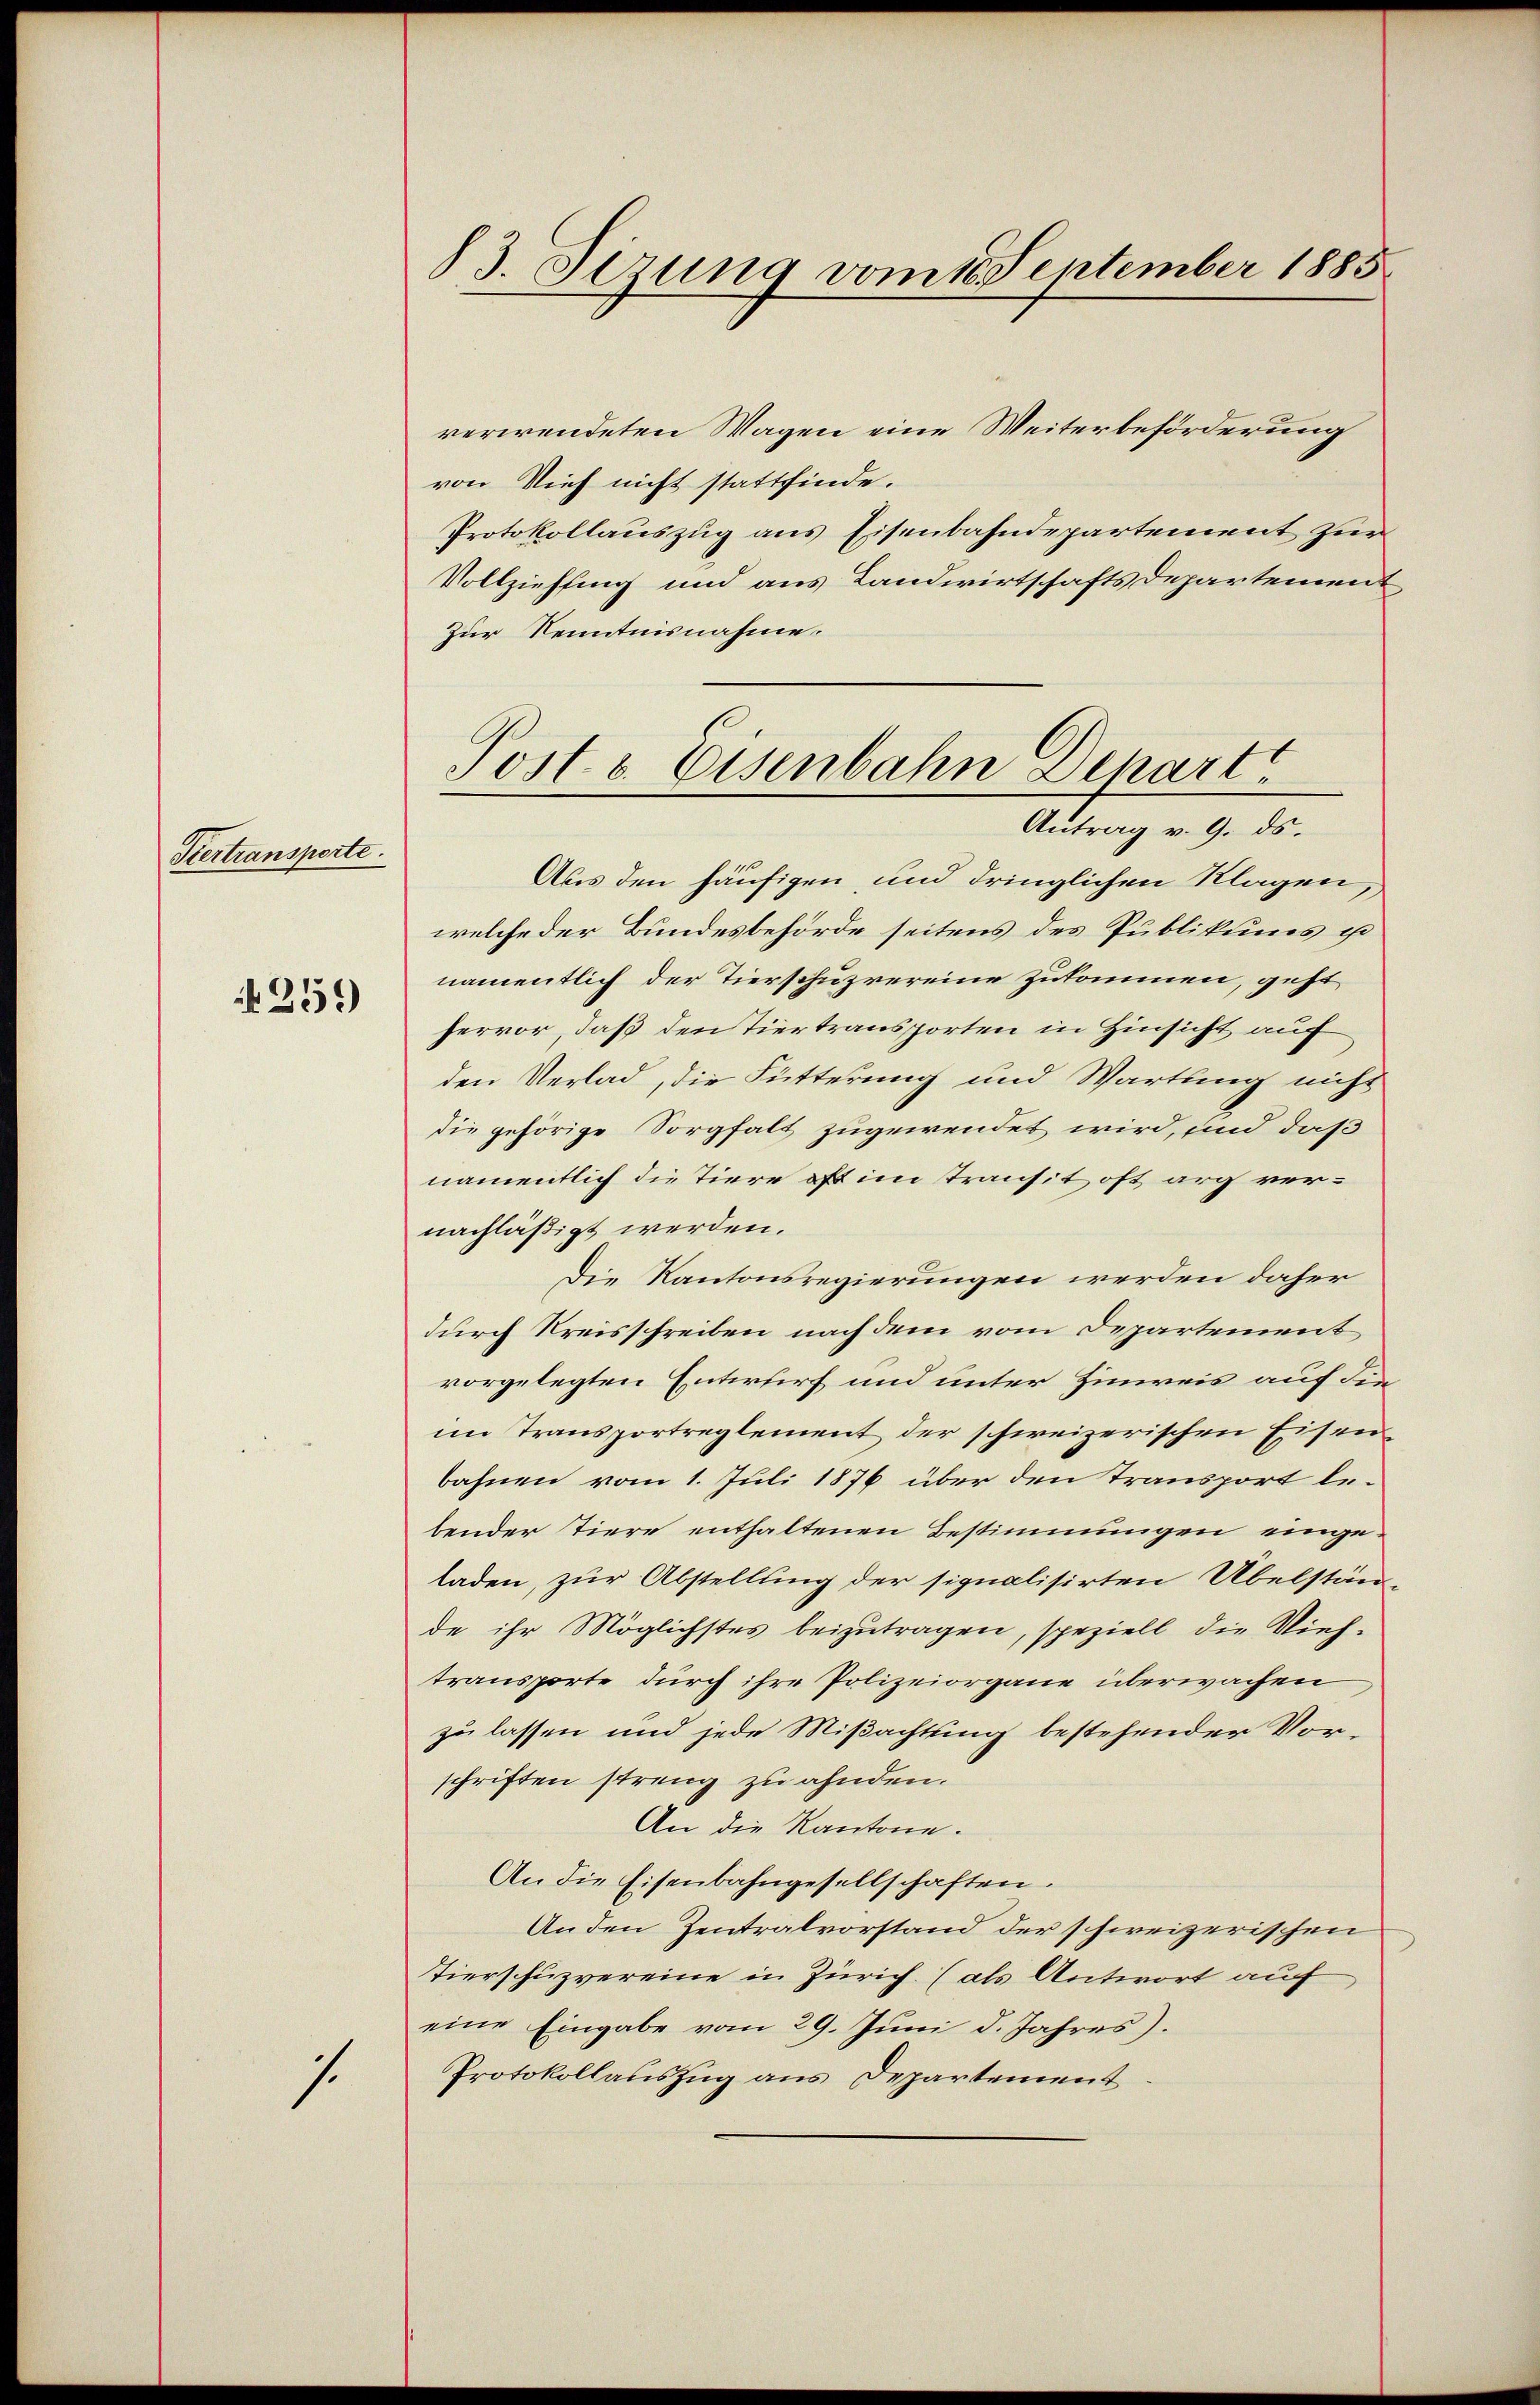
Kertransporte.

259

s.

83. Sirung vom 16. September 1885

verwendeten Wagen eine Weiterbeförderung
von Vieh nicht stattfinde.
Protokollauszug aus Eisenbahndepartement zur
Vollziehung und aus Landwirtschafts Departement
Zur Kenntnisnahme.
Aus den häufigen, und dringlichen Klagen,
welche der Bundesbehörde seitens des Publikums u
namentlich der Tierschuzrereine zukommen, geht
hervor, daß den Tiertransporten in Hinsicht auff
den Verlad, die Fütterung und Wartung nicht
die gehörige Sorgfalt zugewendet wird, und daß
namentlich die Tiere oft im Transit oft auch vernachläßigt werden.
Die Kantonsregierungen werden daher
durch Kreisschreiben nach dem vom Departement
vorgelegten Entwurf und unter Hinweis auf dieim Transportreglement der schweizerischen Eisenbahnen vom 1. Juli 1876 über den Transport lebender tiere enthaltenen Bestimmungen eingeladen, zur Abstellung der signalisirten Übelstän-
de ihr Möglichstes beizutragen, speziell die Vieh-
transporte durch ihre Polizeiorgane überwachen,
zu lassen und jede Mißachtung bestehender Vorschriften streng zu ahnden.
An die Kantone.
An die Eisenbahngesellschaften.
An den Zentralvorstand der schweizerischen
Tierschuzvereine in Zürich (als Antwort auf
eine Eingabe vom 29. Juni d. Jahres).
Protokollauszug aus Departement

Post. v. Eisenbahn Departe
Antrag v. 9. ds.